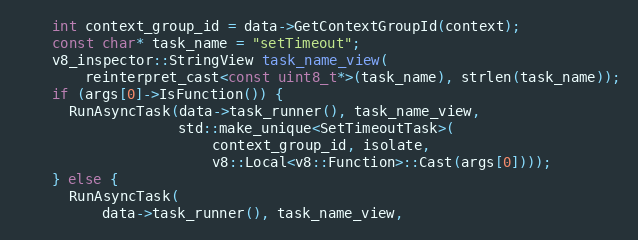
Language: C
    int context_group_id = data->GetContextGroupId(context);
    const char* task_name = "setTimeout";
    v8_inspector::StringView task_name_view(
        reinterpret_cast<const uint8_t*>(task_name), strlen(task_name));
    if (args[0]->IsFunction()) {
      RunAsyncTask(data->task_runner(), task_name_view,
                   std::make_unique<SetTimeoutTask>(
                       context_group_id, isolate,
                       v8::Local<v8::Function>::Cast(args[0])));
    } else {
      RunAsyncTask(
          data->task_runner(), task_name_view,